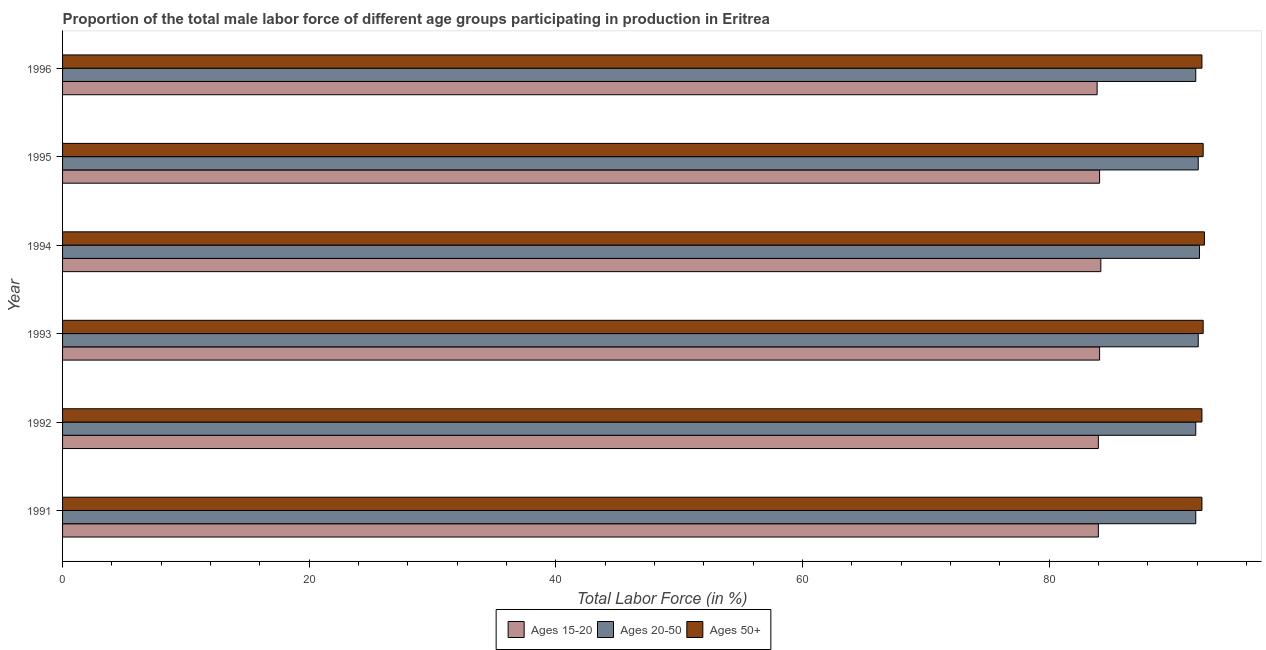
| Year | Ages 15-20 | Ages 20-50 | Ages 50+ |
 | --- | --- | --- | --- |
 | 1991 | 84 | 91.9 | 92.4 |
 | 1992 | 84 | 91.9 | 92.4 |
 | 1993 | 84.1 | 92.1 | 92.5 |
 | 1994 | 84.2 | 92.2 | 92.6 |
 | 1995 | 84.1 | 92.1 | 92.5 |
 | 1996 | 83.9 | 91.9 | 92.4 |